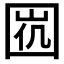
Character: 𡇩